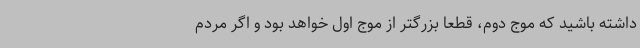
داشته باشید که موج دوم، قطعا بزرگتر از موج اول خواهد بود و اگر مردم